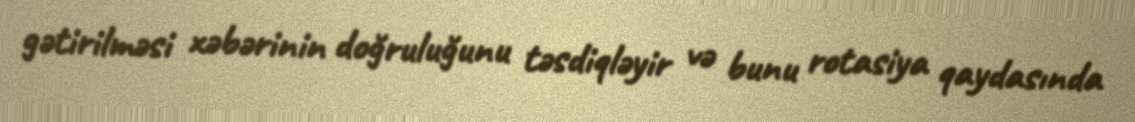
gətirilməsi xəbərinin doğruluğunu təsdiqləyir və bunu rotasiya qaydasında